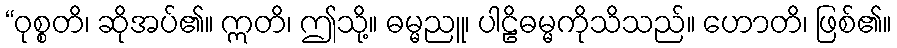
“ဝုစ္စတိ၊ ဆိုအပ်၏။ ဣတိ၊ ဤသို့။ ဓမ္မညူ၊ ပါဠိဓမ္မကိုသိသည်။ ဟောတိ၊ ဖြစ်၏။